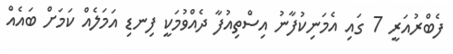
ފެބްރުއަރީ 7 ގައި އެމަނިކުފާނު އިސްތިއުފާ ދެއްވުމަކީ ފިނޑި އަމަލެއް ކަމަށް ބައެއް